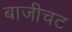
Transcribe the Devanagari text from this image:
बाजीचट